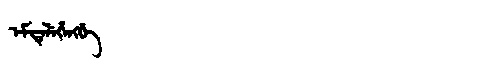
Manchu: ᡝᠮᡨᡝᠯᡝᡥᡝᠩᡤᡝ
Romanization: EMTELEHENGGE